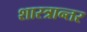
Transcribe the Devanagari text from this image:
शास्त्रान्तर